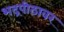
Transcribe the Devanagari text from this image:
भद्रपीठावर